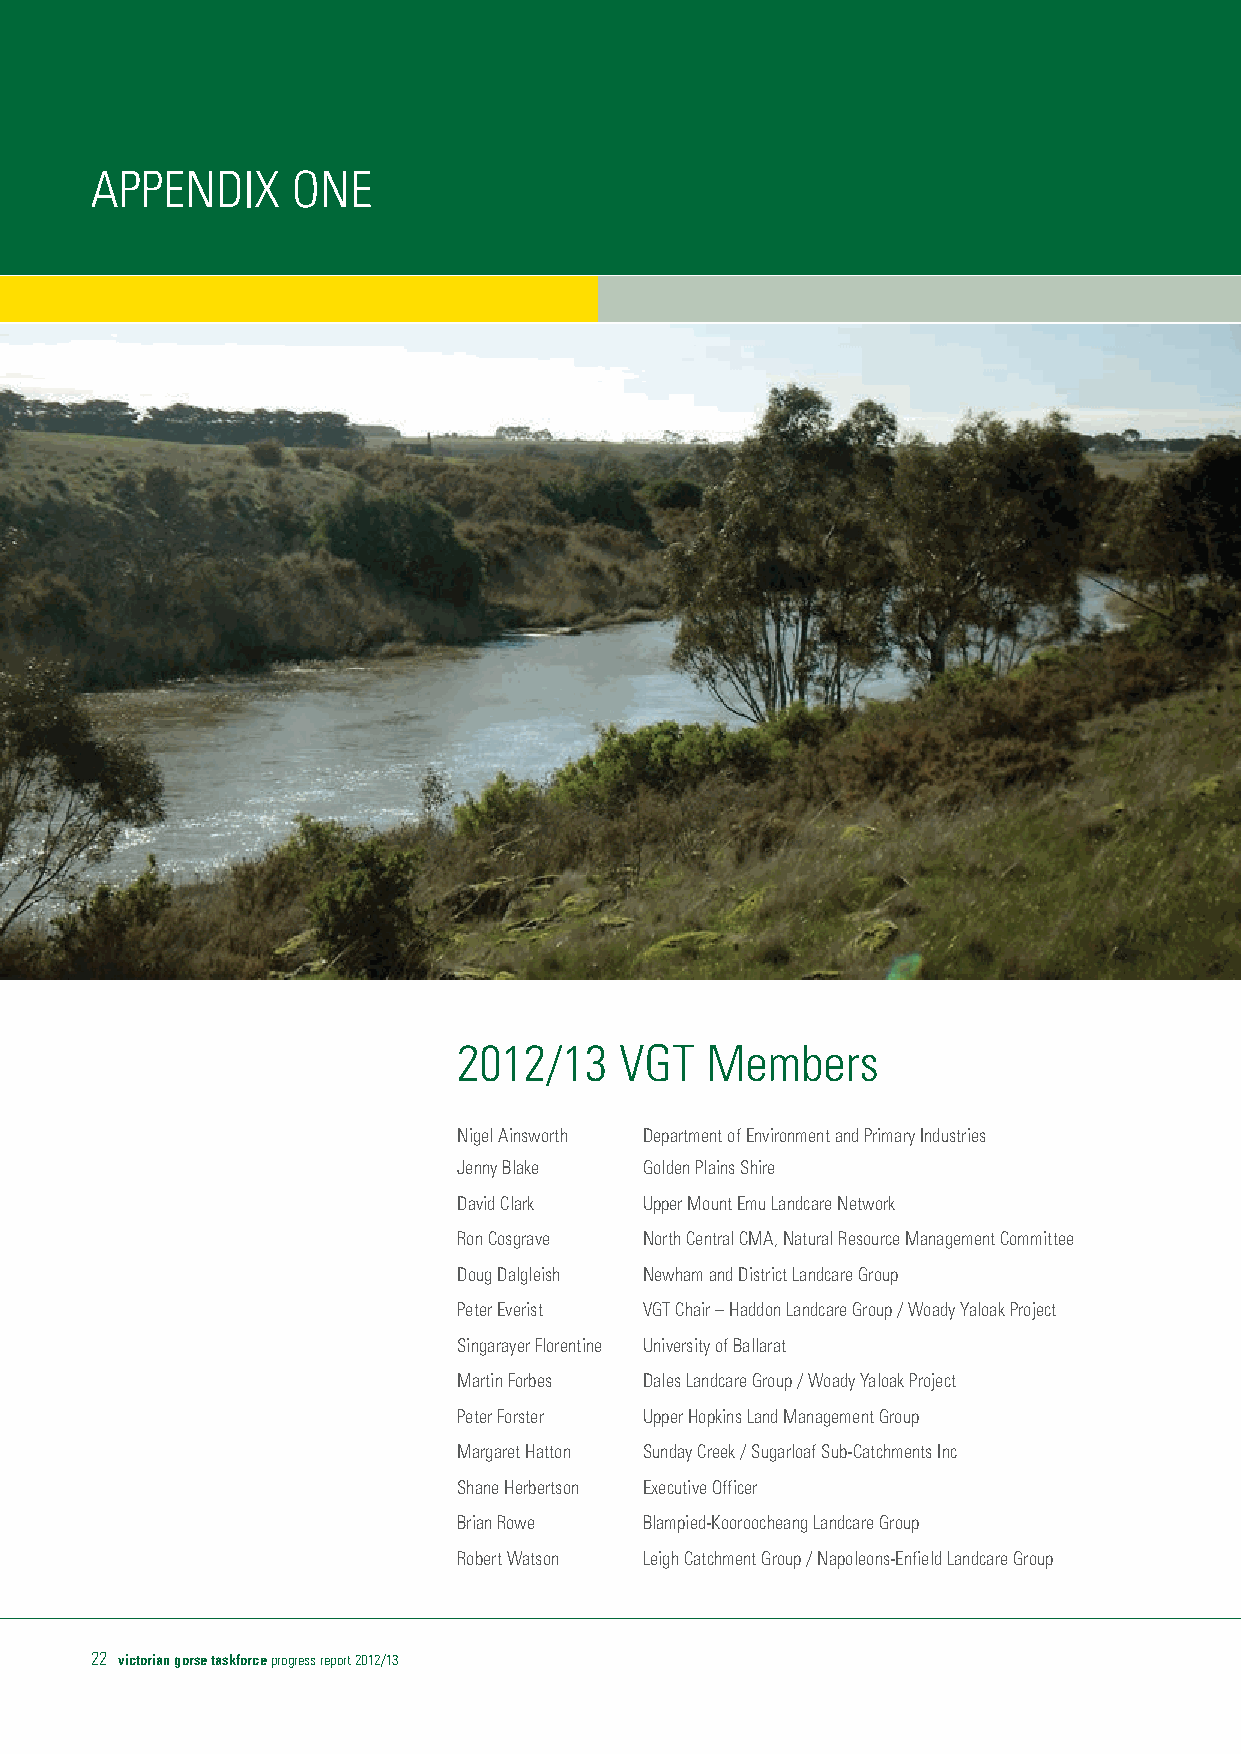
APPENDIX     ONE
 2012/13    VGT   Members
 Nigel Ainsworth Department of Environment and Primary Industries
 Jenny Blake  Golden Plains Shire
 David Clark  Upper Mount Emu Landcare Network
 Ron Cosgrave North Central CMA, Natural Resource Management Committee
 Doug Dalgleish Newham and District Landcare Group
 Peter Everist VGT Chair – Haddon Landcare Group / Woady Yaloak Project
 Singarayer Florentine University of Ballarat
 Martin Forbes Dales Landcare Group / Woady Yaloak Project
 Peter Forster Upper Hopkins Land Management Group
 Margaret Hatton Sunday Creek / Sugarloaf Sub-Catchments Inc
 Shane Herbertson Executive Officer
 Brian Rowe   Blampied-Kooroocheang Landcare Group
 Robert Watson Leigh Catchment Group / Napoleons-Enfield Landcare Group
 22 victorian gorse taskforce progress report 2012/13